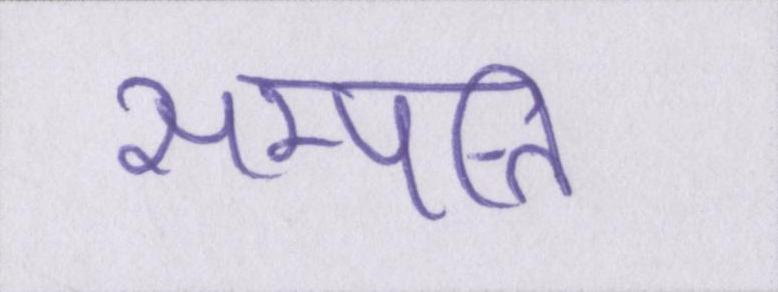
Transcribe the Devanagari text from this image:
सम्पत्ति